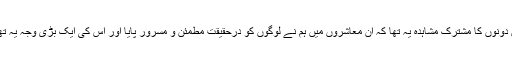
انیسویں صدی اسلام کے سنہری دور کا حصہ نہیں لیکن پھر بھی ان دونوں کا مشترک مشاہدہ یہ تھا کہ ان معاشروں میں ہم نے لوگوں کو درحقیقت مطمئن و مسرور پایا اور اس کی ایک بڑی وجہ یہ تھی کہ امیر غریب میں سماجی عدم مساوات کا کوئی تصور نہیں تھا۔